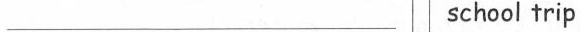
___ school trip